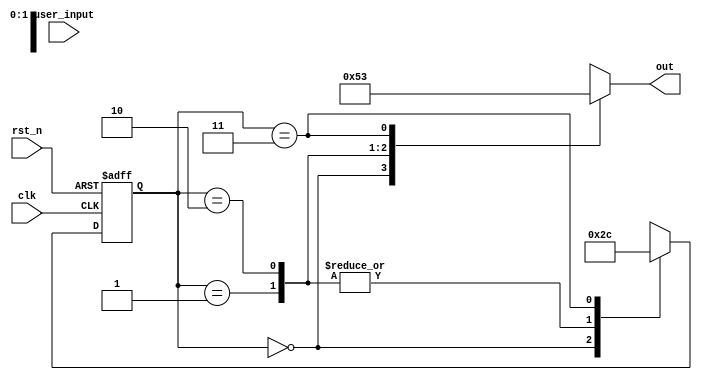
//copilot mean_prob: 0.7775366992562138
//This file was assembled by gen.py, written by redactedAuthorFirstname redactedAuthorLastname.
//Separate output and next state logic:
module fsm(out, user_input, clk, rst_n);

input [2:0] user_input;
input clk, rst_n;
output reg [2:0] out;
reg [1:0] state_reg,state_next;

//sequential part
always @ (posedge clk or negedge rst_n )
    begin
        if (!rst_n)
        state_reg <= 2'h0;
        else
        state_reg <= state_next;
    end

//output logic
always @ (user_input, state_reg )
    begin
        case (state_reg)
            2'h0: out = 2'h0;
            2'h1: out = 2'h1;
            2'h2: out = 2'h2;
            2'h3: out = 2'h3;
        endcase
    end

//next state logic
//-copilot next line-
//copilot mean_prob: 0.7775366992562138

always @ (user_input, state_reg )
    begin
        case (state_reg)
            2'h0: state_next <= 2'h2;
            2'h1: state_next <= 2'h3;
            2'h2: state_next <= 2'h3;
            2'h3: state_next <= 2'h0;
        endcase
    end


endmodule